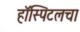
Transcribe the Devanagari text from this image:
हॉस्पिटलचा